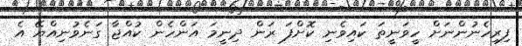
ފިރިހެނުންނަށް ހީވަނީތަ ކައިވެނި ކޮށްފަ ރަން ދިނީމަ އަންހެން ކުއްޖާ ގަނެވުނިއްޔޭ އެ